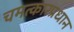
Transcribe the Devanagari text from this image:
चमत्कारप्रधान